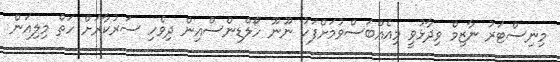
މިނިސްޓަރު ނާޒިމް ވިދާޅުވީ މިއެއްބަސްވުމަށްފަހު ނޫނޫ ހޯލްޑިންސްއިން ދިވެހި ސަރުކާރަށް ހަތް މިލިއަން